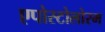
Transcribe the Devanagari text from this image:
एपोस्टोलोरम